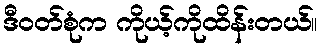
ဒီဝတ်စုံက ကိုယ့်ကိုထိန်းတယ်။